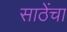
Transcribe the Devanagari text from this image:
साठेंचा